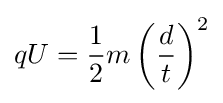
qU={\frac {1}{2}}m\left({\frac {d}{t}}\right)^{2}